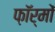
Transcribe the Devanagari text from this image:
फ़ॉर्मों